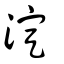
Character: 淀